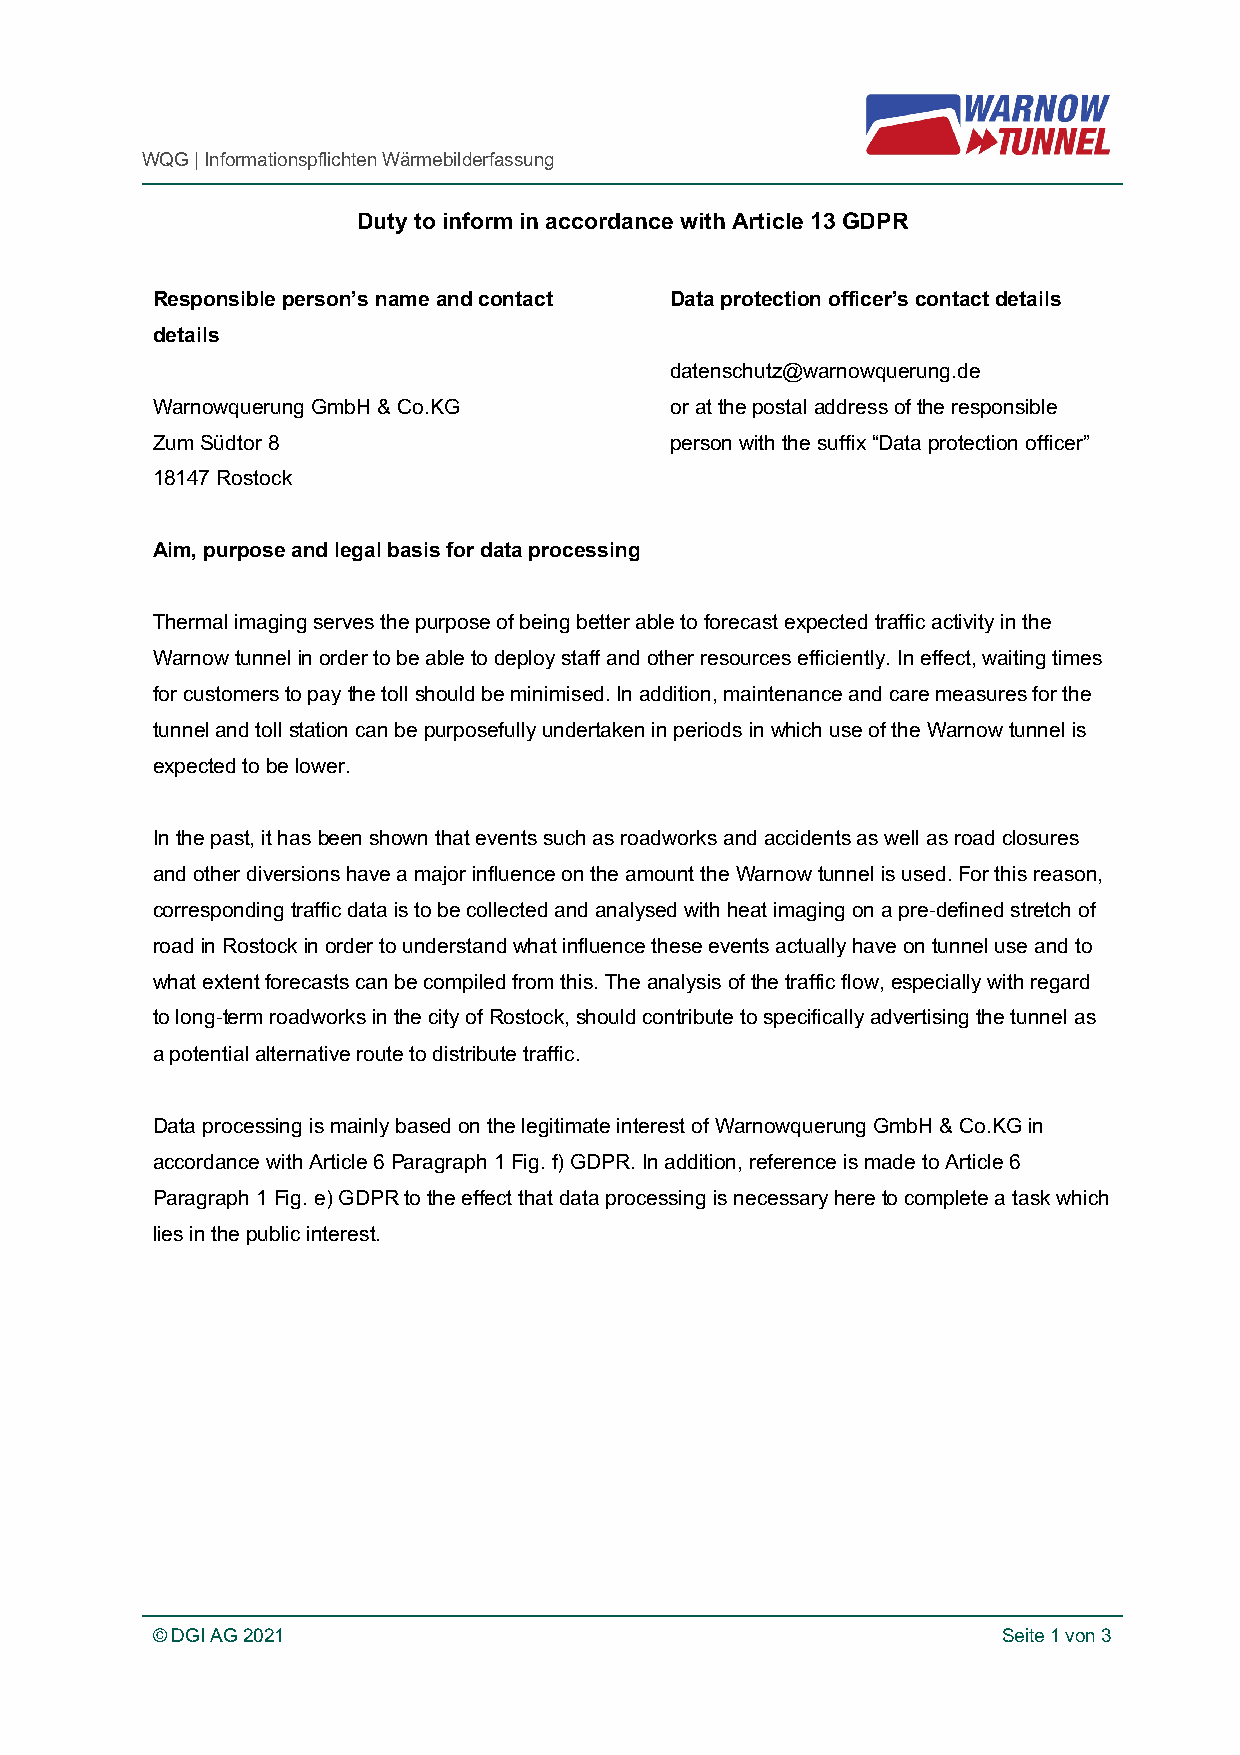
WQG | Informationspflichten Wärmebilderfassung
 Duty to inform in accordance with Article 13 GDPR
 Responsible person’s name and contact Data protection officer’s contact details
 details
 datenschutz@warnowquerung.de
 Warnowquerung GmbH & Co.KG        or at the postal address of the responsible
 Zum Südtor 8                      person with the suffix “Data protection officer”
 18147 Rostock
 Aim, purpose and legal basis for data processing
 Thermal imaging serves the purpose of being better able to forecast expected traffic activity in the
 Warnow tunnel in order to be able to deploy staff and other resources efficiently. In effect, waiting times
 for customers to pay the toll should be minimised. In addition, maintenance and care measures for the
 tunnel and toll station can be purposefully undertaken in periods in which use of the Warnow tunnel is
 expected to be lower.
 In the past, it has been shown that events such as roadworks and accidents as well as road closures
 and other diversions have a major influence on the amount the Warnow tunnel is used. For this reason,
 corresponding traffic data is to be collected and analysed with heat imaging on a pre-defined stretch of
 road in Rostock in order to understand what influence these events actually have on tunnel use and to
 what extent forecasts can be compiled from this. The analysis of the traffic flow, especially with regard
 to long-term roadworks in the city of Rostock, should contribute to specifically advertising the tunnel as
 a potential alternative route to distribute traffic.
 Data processing is mainly based on the legitimate interest of Warnowquerung GmbH & Co.KG in
 accordance with Article 6 Paragraph 1 Fig. f) GDPR. In addition, reference is made to Article 6
 Paragraph 1 Fig. e) GDPR to the effect that data processing is necessary here to complete a task which
 lies in the public interest.
 © DGI AG 2021                                           Seite 1 von 3